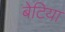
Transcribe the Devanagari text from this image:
बेटिया